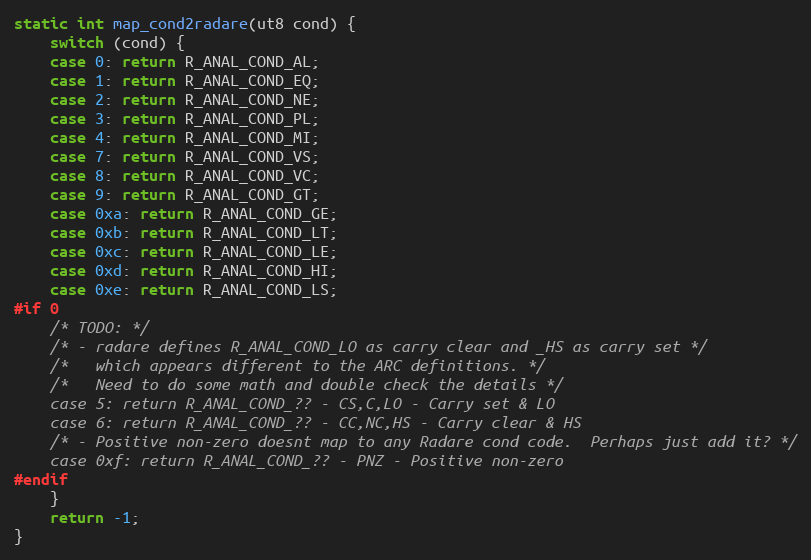
Language: C
static int map_cond2radare(ut8 cond) {
	switch (cond) {
	case 0: return R_ANAL_COND_AL;
	case 1: return R_ANAL_COND_EQ;
	case 2: return R_ANAL_COND_NE;
	case 3: return R_ANAL_COND_PL;
	case 4: return R_ANAL_COND_MI;
	case 7: return R_ANAL_COND_VS;
	case 8: return R_ANAL_COND_VC;
	case 9: return R_ANAL_COND_GT;
	case 0xa: return R_ANAL_COND_GE;
	case 0xb: return R_ANAL_COND_LT;
	case 0xc: return R_ANAL_COND_LE;
	case 0xd: return R_ANAL_COND_HI;
	case 0xe: return R_ANAL_COND_LS;
#if 0
	/* TODO: */
	/* - radare defines R_ANAL_COND_LO as carry clear and _HS as carry set */
	/*   which appears different to the ARC definitions. */
	/*   Need to do some math and double check the details */
	case 5: return R_ANAL_COND_?? - CS,C,LO - Carry set & LO
	case 6: return R_ANAL_COND_?? - CC,NC,HS - Carry clear & HS
	/* - Positive non-zero doesnt map to any Radare cond code.  Perhaps just add it? */
	case 0xf: return R_ANAL_COND_?? - PNZ - Positive non-zero
#endif
	}
	return -1;
}